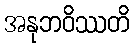
အနုဘဝိဿတိ